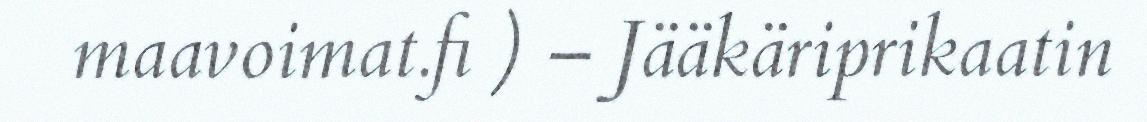
maavoimat.fi ) – Jääkäriprikaatin